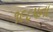
૧૯૮૫ના